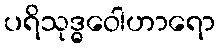
ပရိသုဒ္ဓဝေါဟာရော